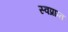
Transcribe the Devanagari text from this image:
स्वप्राप्त